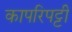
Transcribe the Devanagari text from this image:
कापरिपट्टी